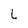
Character: L